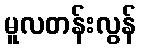
မူလတန်းလွန်